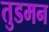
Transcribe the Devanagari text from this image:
तुडमन